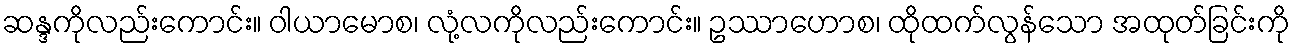
ဆန္ဒကိုလည်းကောင်း။ ဝါယာမောစ၊ လုံ့လကိုလည်းကောင်း။ ဥဿာဟောစ၊ ထိုထက်လွန်သော အထုတ်ခြင်းကို